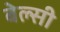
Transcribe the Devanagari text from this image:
बेल्सी